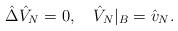
LaTeX: \begin{align*}\hat{\Delta}{\hat{V}_N}=0,\quad{\hat{V}_N}{|_B}={\hat{v}_N}.\end{align*}